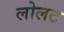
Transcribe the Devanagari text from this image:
लोलट